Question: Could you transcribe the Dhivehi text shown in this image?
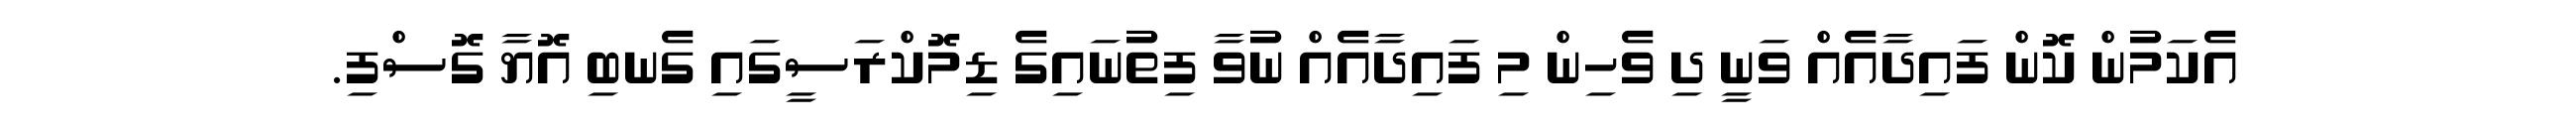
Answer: އެކަމުން ކޮން ފައިދާއެއް ވަނީ ދި ވެހިން މި ފައިދާއެއް ނުވާ ފިތުނައިގެ ޑިމޮކްރަސީގައި ގެނބި އޮޔާ ގޮސްފި.